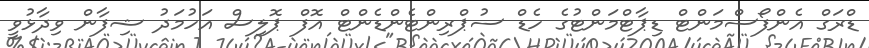
ޑްރަގް އެންފޯސްމަންޓް ޑިޕާޓްމަންޓުގެ ހެޑް ސުޕްރިންޓެންޑެންޓް އޮފް ޕޮލިސް އަހުމަދު ޝިފާން ވިދާޅުވީ